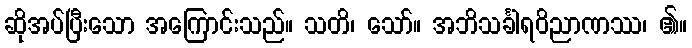
ဆိုအပ်ပြီးသော အကြောင်းသည်။ သတိ၊ သော်။ အဘိသင်္ခါရဝိညာဏဿ၊ ၏။